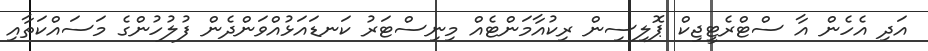
އަދި އެހެން އާ ސްޓްރެޓީޖިކް ޕޮލިސިން ރިކުއާމަންޓެއް މިނިސްޓަރު ކަނޑައަޅުއްވަންދެން ފުުލުހުންގެ މަސައްކަތާއި